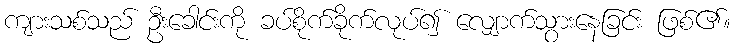
ကျားသစ်သည် ဦးခေါင်းကို ခပ်စိုက်ခိုက်လုပ်၍ လျှောက်သွားနေခြင်း ဖြစ်၏။